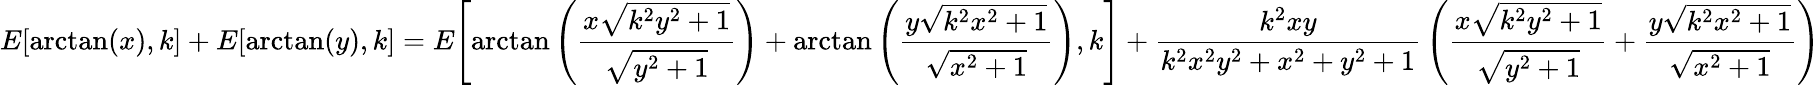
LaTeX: E{\left[\arctan(x),k\right]}+E{\left[\arctan(y),k\right]}=E{\left[\arctan\left({\frac{x{\sqrt{k^{2}y^{2}+1}}}{\sqrt{y^{2}+1}}}\right)+\arctan\left({\frac{y{\sqrt{k^{2}x^{2}+1}}}{\sqrt{x^{2}+1}}}\right),k\right]}+{\frac{k^{2}xy}{k^{2}x^{2}y^{2}+x^{2}+y^{2}+1}}\left({\frac{x{\sqrt{k^{2}y^{2}+1}}}{\sqrt{y^{2}+1}}}+{\frac{y{\sqrt{k^{2}x^{2}+1}}}{\sqrt{x^{2}+1}}}\right)